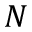
N